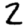
Digit: 2